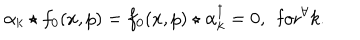
\alpha _ { k } \star f _ { 0 } ( x , p ) = f _ { 0 } ( x , p ) \star \alpha _ { k } ^ { \dagger } = 0 , ~ ~ \mathrm { f o r } ^ { \forall } k .